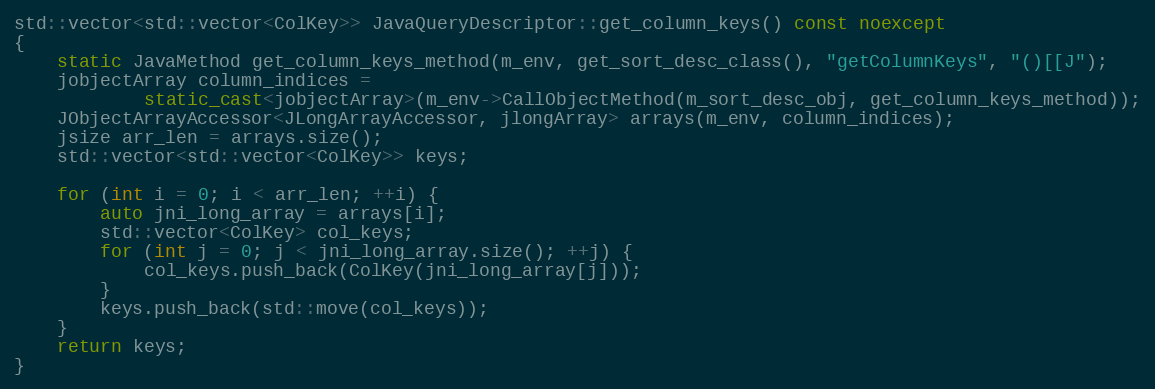
Language: C++
std::vector<std::vector<ColKey>> JavaQueryDescriptor::get_column_keys() const noexcept
{
    static JavaMethod get_column_keys_method(m_env, get_sort_desc_class(), "getColumnKeys", "()[[J");
    jobjectArray column_indices =
            static_cast<jobjectArray>(m_env->CallObjectMethod(m_sort_desc_obj, get_column_keys_method));
    JObjectArrayAccessor<JLongArrayAccessor, jlongArray> arrays(m_env, column_indices);
    jsize arr_len = arrays.size();
    std::vector<std::vector<ColKey>> keys;

    for (int i = 0; i < arr_len; ++i) {
        auto jni_long_array = arrays[i];
        std::vector<ColKey> col_keys;
        for (int j = 0; j < jni_long_array.size(); ++j) {
            col_keys.push_back(ColKey(jni_long_array[j]));
        }
        keys.push_back(std::move(col_keys));
    }
    return keys;
}